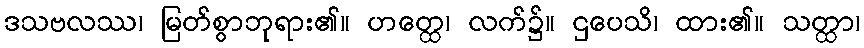
ဒသဗလဿ၊ မြတ်စွာဘုရား၏။ ဟတ္ထေ၊ လက်၌။ ဌပေသိ၊ ထား၏။ သတ္ထာ၊